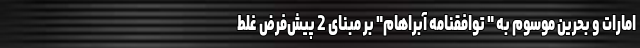
امارات و بحرین موسوم به " توافقنامه آبراهام" بر مبنای 2 پیش‌فرض غلط